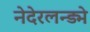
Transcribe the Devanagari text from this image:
नेदेरलन्ड्मे